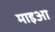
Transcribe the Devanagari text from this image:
माइआ